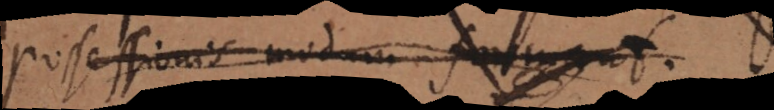
possessionis modum formant.